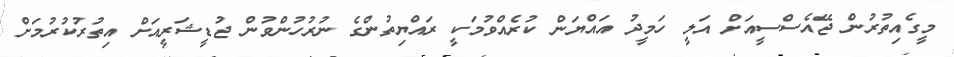
މީގެއިތުރުން ޖޭއެސްސީއަށް އަލީ ހަމީދު އައްޔަން ކުރެއްވުމަކީ ރައްޔިތުންގެ ނުރުހުންވުން ޖުޑީޝަރީއަށް އިތުރުކުރުމަށް